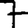
Digit: 7